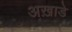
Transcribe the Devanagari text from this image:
अख़ाडे